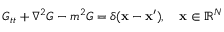
G _ { t t } + \nabla ^ { 2 } G - m ^ { 2 } G = \delta ( \mathbf { x } - \mathbf { x } ^ { \prime } ) , \quad \mathbf { x } \in \mathbb { R } ^ { N }